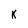
Character: K